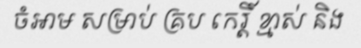
ចំអាម សម្រាប់ គ្រប កេរ្តិ៍ ខ្មាស់ និង